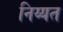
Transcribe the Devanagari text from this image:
निय्यत